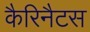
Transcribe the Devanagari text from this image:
कैरिनैटस